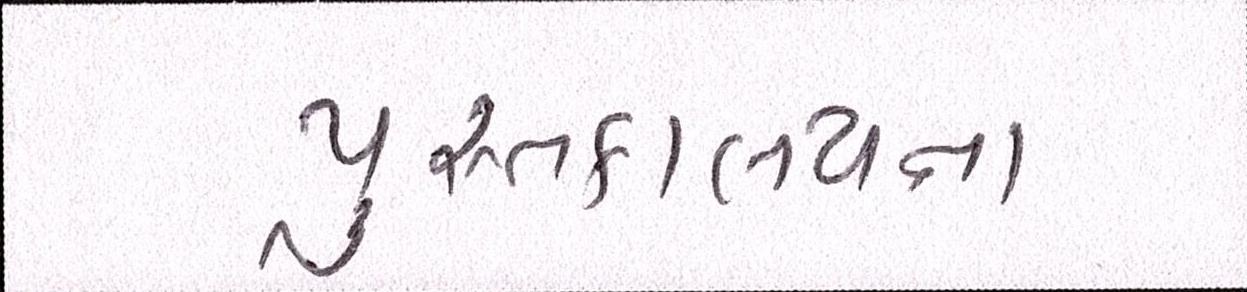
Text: પુસ્તકાલયના